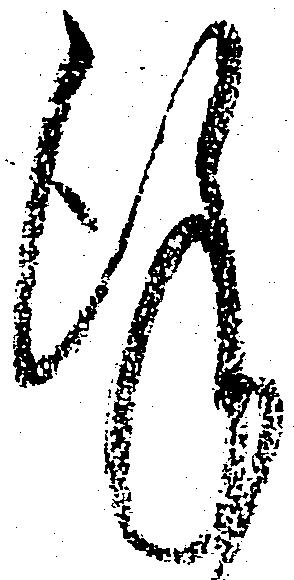
謹